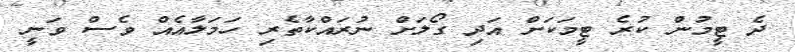
ދެ ޓީމުން ކުރެ ޓީމަކަށް އަދި ގޯލަށް ނުރައްކާތެރި ހަަމަލާއެއް ވެސް ވަނީ